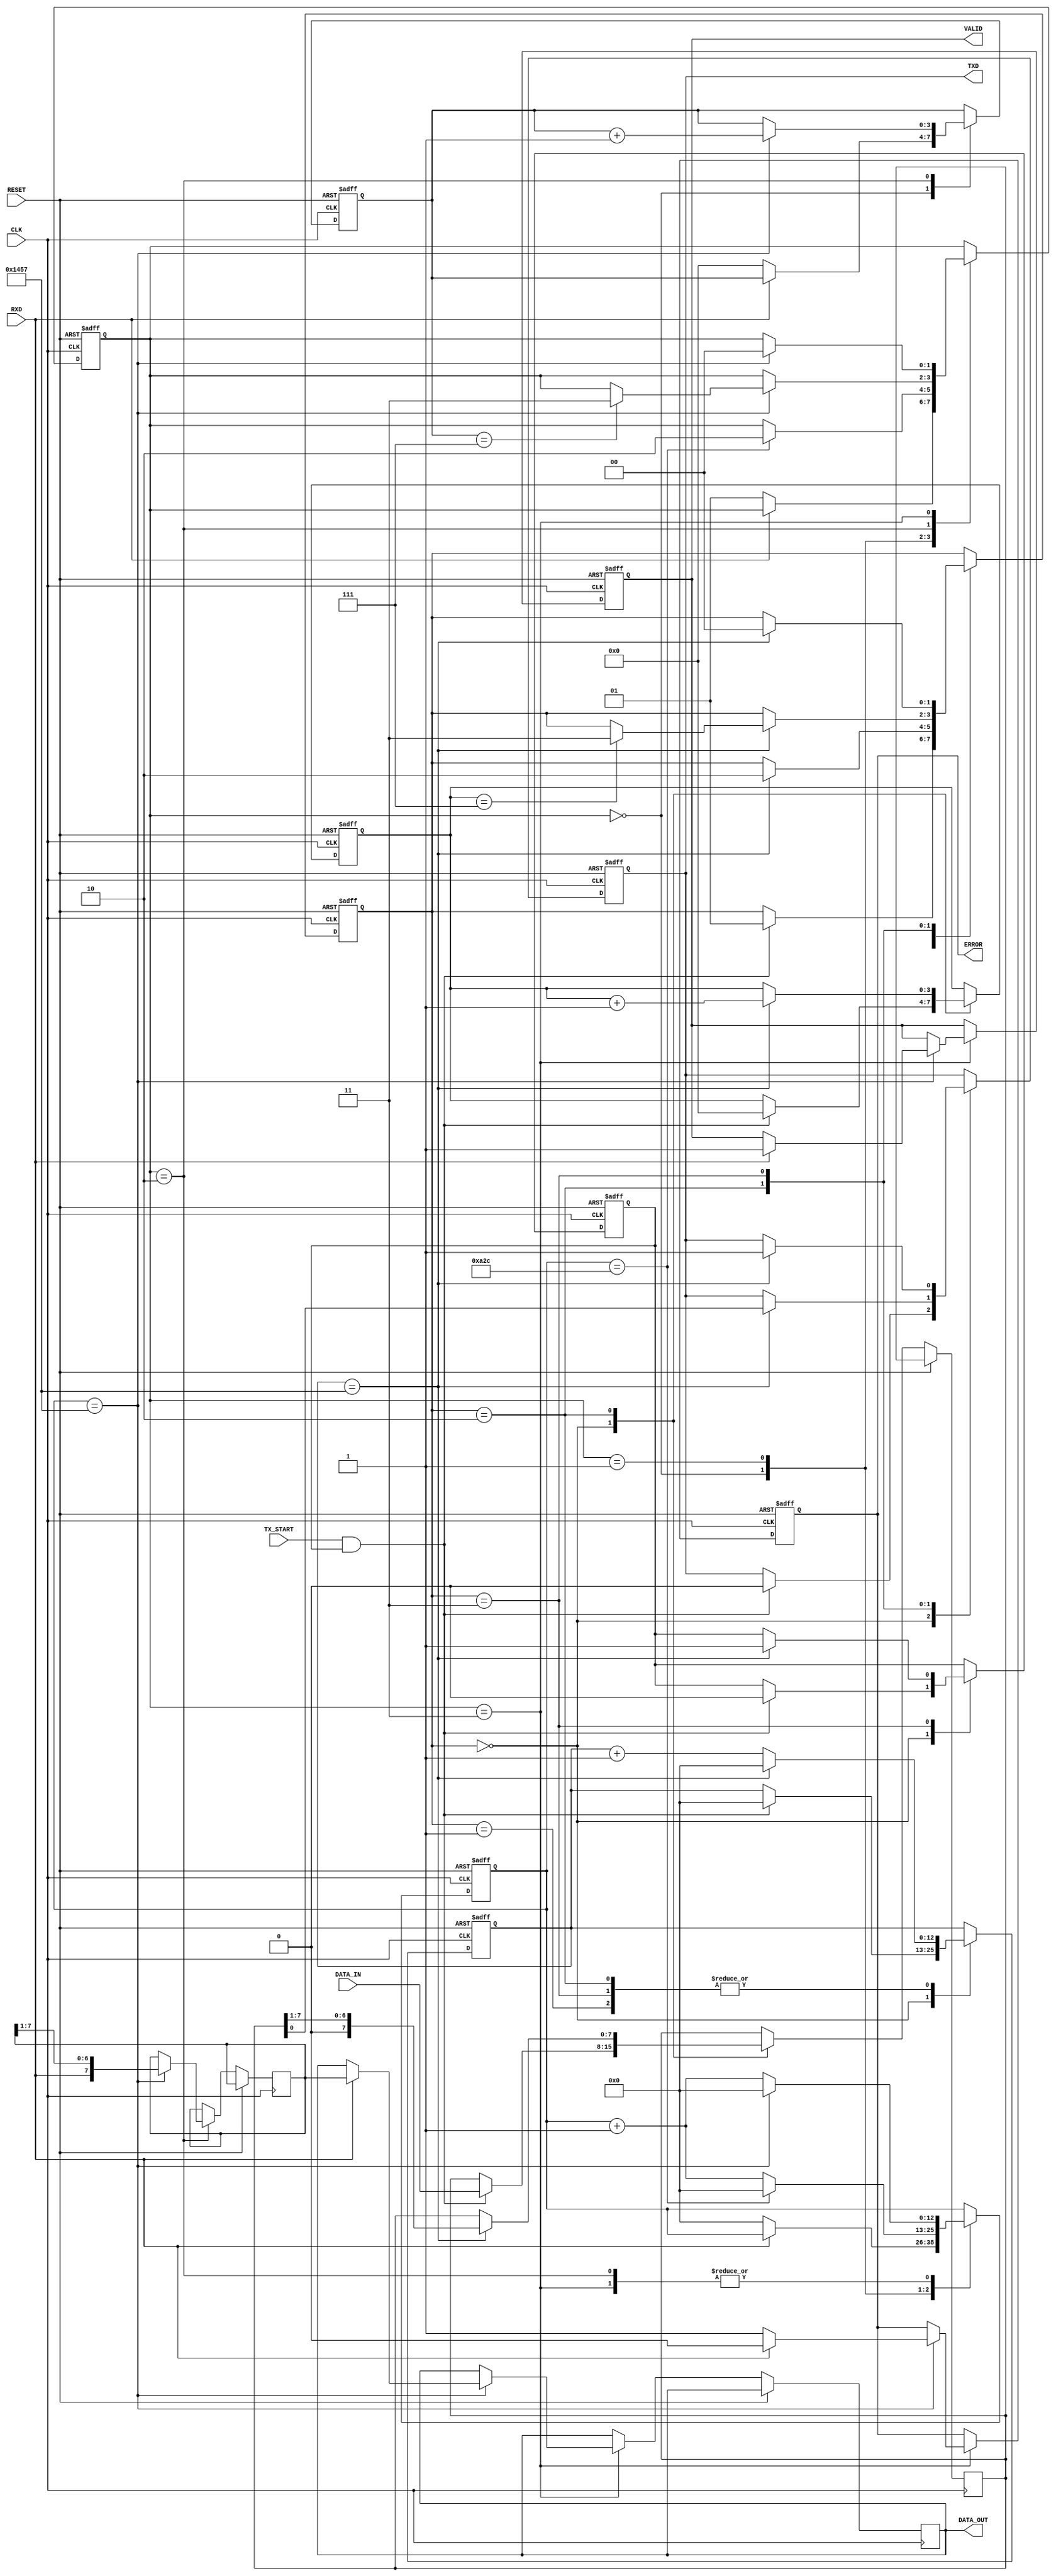
module parameterized_uart #(
    parameter BAUD_RATE = 9600,
    parameter DATA_BITS = 8,
    parameter STOP_BITS = 1,
    parameter PARITY = "NONE", // Options: "NONE", "EVEN", "ODD"
    parameter CLOCK_FREQ = 50000000 // 50 MHz
)(
    input wire CLK,
    input wire RESET,
    input wire RXD,
    input wire [DATA_BITS-1:0] DATA_IN,
    input wire TX_START,
    output reg TXD,
    output reg [DATA_BITS-1:0] DATA_OUT,
    output reg VALID,
    output reg ERROR
);

// Baud rate generator parameters
localparam BAUD_RATE_DIV = CLOCK_FREQ / BAUD_RATE;
localparam BAUD_RATE_BITS = $clog2(BAUD_RATE_DIV);

// TX State Machine States
localparam TX_IDLE = 2'b00;
localparam TX_START_BIT = 2'b01;
localparam TX_DATA_BITS = 2'b10;
localparam TX_STOP_BITS = 2'b11;

// RX State Machine States
localparam RX_IDLE = 2'b00;
localparam RX_START_BIT = 2'b01;
localparam RX_DATA_BITS = 2'b10;
localparam RX_STOP_BITS = 2'b11;

// TX Logic
reg [1:0] tx_state;
reg [BAUD_RATE_BITS-1:0] tx_baud_counter;
reg [3:0] tx_bit_count;
reg [DATA_BITS-1:0] tx_shift_reg;
reg tx_ready;

always @(posedge CLK or posedge RESET) begin
    if (RESET) begin
        TXD <= 1'b1; // Idle state
        tx_state <= TX_IDLE;
        tx_baud_counter <= 0;
        tx_bit_count <= 0;
        tx_ready <= 1'b1;
    end else begin
        case (tx_state)
            TX_IDLE: begin
                if (TX_START && tx_ready) begin
                    tx_shift_reg <= DATA_IN;
                    tx_ready <= 1'b0;
                    tx_baud_counter <= 0;
                    tx_bit_count <= 0;
                    TXD <= 1'b0; // Start bit
                    tx_state <= TX_START_BIT;
                end
            end
            TX_START_BIT: begin
                if (tx_baud_counter == BAUD_RATE_DIV - 1) begin
                    tx_baud_counter <= 0;
                    tx_state <= TX_DATA_BITS;
                end else begin
                    tx_baud_counter <= tx_baud_counter + 1;
                end
            end
            TX_DATA_BITS: begin
                if (tx_baud_counter == BAUD_RATE_DIV - 1) begin
                    tx_baud_counter <= 0;
                    TXD <= tx_shift_reg[0]; // Send LSB first
                    tx_shift_reg <= {1'b0, tx_shift_reg[DATA_BITS-1:1]}; // Shift right
                    tx_bit_count <= tx_bit_count + 1;
                    if (tx_bit_count == DATA_BITS - 1) begin
                        tx_state <= TX_STOP_BITS;
                    end
                end else begin
                    tx_baud_counter <= tx_baud_counter + 1;
                end
            end
            TX_STOP_BITS: begin
                if (tx_baud_counter == BAUD_RATE_DIV - 1) begin
                    tx_baud_counter <= 0;
                    TXD <= 1'b1; // Stop bit
                    tx_ready <= 1'b1; // Ready for next transmission
                    tx_state <= TX_IDLE;
                end else begin
                    tx_baud_counter <= tx_baud_counter + 1;
                end
            end
        endcase
    end
end

// RX Logic
reg [1:0] rx_state;
reg [BAUD_RATE_BITS-1:0] rx_baud_counter;
reg [3:0] rx_bit_count;
reg [DATA_BITS-1:0] rx_shift_reg;
reg rx_ready;

always @(posedge CLK or posedge RESET) begin
    if (RESET) begin
        rx_state <= RX_IDLE;
        rx_baud_counter <= 0;
        rx_bit_count <= 0;
        VALID <= 1'b0;
        ERROR <= 1'b0;
    end else begin
        case (rx_state)
            RX_IDLE: begin
                if (RXD == 1'b0) begin // Start bit detected
                    rx_baud_counter <= 0;
                    rx_bit_count <= 0;
                    rx_state <= RX_START_BIT;
                end
            end
            RX_START_BIT: begin
                if (rx_baud_counter == BAUD_RATE_DIV / 2) begin // Sample in the middle of the start bit
                    rx_baud_counter <= 0;
                    rx_state <= RX_DATA_BITS;
                end else begin
                    rx_baud_counter <= rx_baud_counter + 1;
                end
            end
            RX_DATA_BITS: begin
                if (rx_baud_counter == BAUD_RATE_DIV - 1) begin
                    rx_baud_counter <= 0;
                    rx_shift_reg <= {RXD, rx_shift_reg[DATA_BITS-1:1]}; // Shift in data
                    rx_bit_count <= rx_bit_count + 1;
                    if (rx_bit_count == DATA_BITS - 1) begin
                        rx_state <= RX_STOP_BITS;
                    end
                end else begin
                    rx_baud_counter <= rx_baud_counter + 1;
                end
            end
            RX_STOP_BITS: begin
                if (rx_baud_counter == BAUD_RATE_DIV - 1) begin
                    rx_baud_counter <= 0;
                    if (RXD == 1'b1) begin // Stop bit should be high
                        DATA_OUT <= rx_shift_reg;
                        VALID <= 1'b1;
                        ERROR <= 1'b0; // No error
                    end else begin
                        ERROR <= 1'b1; // Framing error
                    end
                    rx_state <= RX_IDLE;
                end else begin
                    rx_baud_counter <= rx_baud_counter + 1;
                end
            end
        endcase
    end
end

endmodule